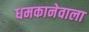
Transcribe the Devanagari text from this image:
धमकानेवाला